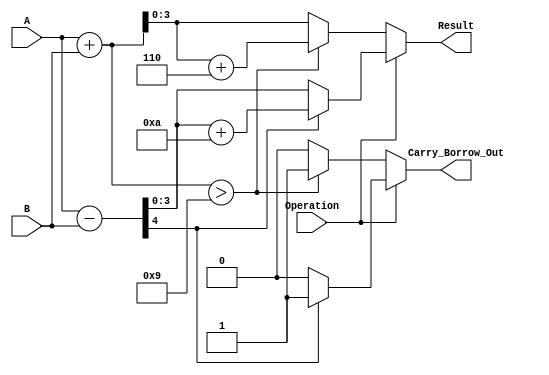
module BCD_Add_Subtracter (
    input  [3:0] A,                // First BCD operand (0 to 9)
    input  [3:0] B,                // Second BCD operand (0 to 9)
    input        Operation,         // Control signal: 0 for addition, 1 for subtraction
    output reg [3:0] Result,       // Resulting BCD value
    output reg Carry_Borrow_Out     // Carry out for addition / Borrow out for subtraction
);

    reg [4:0] Sum;                 // Temporary sum (5 bits for carry)
    reg [4:0] Diff;                // Temporary difference (5 bits for borrow checking)

    always @(*) begin
        if (Operation == 0) begin  // Addition
            Sum = A + B;           // Compute sum
            if (Sum > 9) begin     // Check if sum exceeds BCD range
                Result = Sum + 6;  // Adjust for BCD
                Carry_Borrow_Out = 1; // Set carry out
            end else begin
                Result = Sum[3:0];  // Use lower 4 bits
                Carry_Borrow_Out = 0; // No carry out
            end
        end else begin              // Subtraction
            Diff = {1'b0, A} - {1'b0, B}; // Compute difference (5 bits for borrow)
            if (Diff[4] == 1) begin // Check if borrow occurred
                Result = Diff + 10; // Adjust for borrow by adding 10
                Carry_Borrow_Out = 1; // Set borrow out
            end else begin
                Result = Diff[3:0]; // Use lower 4 bits
                Carry_Borrow_Out = 0; // No borrow out
            end
        end
    end

endmodule